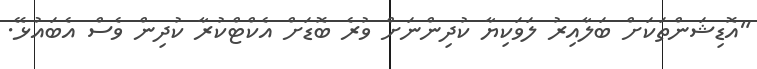
"އޮޑިޝަންތަކަށް ބަލާއިރު ލަވަކިޔާ ކުދިންނަށް ވުރެ ބޮޑަށް އެކްޓްކުރާ ކުދިން ވެސް އެބައުޅޭ.